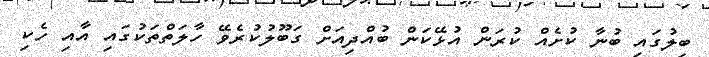
ބިލުގައި ބުނާ ކުށެއް ކުރަން އުޅޭކަން ބުއްދިއަށް ގަބޫލުކުރެވޭ ހާލަތްތަކުގައި އާއި ހެކި